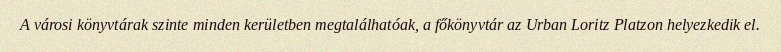
A városi könyvtárak szinte minden kerületben megtalálhatóak, a főkönyvtár az Urban Loritz Platzon helyezkedik el.